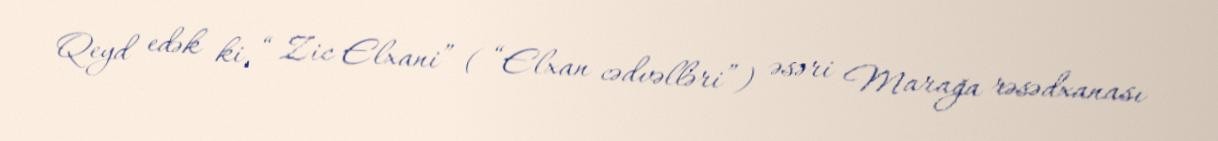
Qeyd edək ki, “ Zic Elxani” ( “Elxan cədvəlləri”) əsəri Marağa rəsədxanası